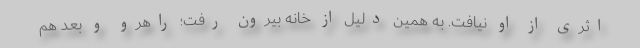
اثری از او نیافت. به همین دلیل از خانه بیرون رفت؛ راهرو و بعد هم